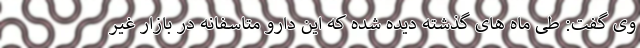
وی گفت: طی ماه های گذشته دیده شده که این دارو متاسفانه در بازار غیر